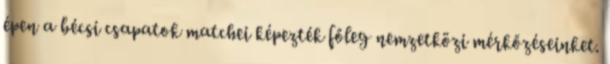
épen a bécsi csapatok matchei képezték főleg nemzetközi mérkőzéseinket.